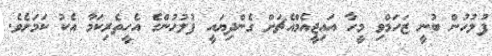
ފުލުހުން ބުނީ ޒަހަމްވި މީހާ އައިޖީއެމްއެޗަށް ގެންދިޔައީ ފުލުހުންގެ އެހީތެރިކަމާ އެކު ކަމަށެވެ.